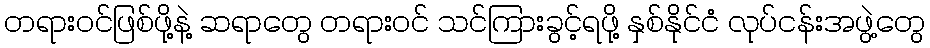
တရားဝင်ဖြစ်ဖို့နဲ့ ဆရာတွေ တရားဝင် သင်ကြားခွင့်ရဖို့ နှစ်နိုင်ငံ လုပ်ငန်းအဖွဲ့တွေ